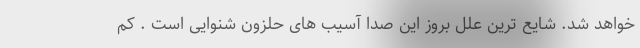
خواهد شد. شایع ترین علل بروز این صدا آسیب های حلزون شنوایی است . کم